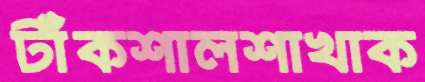
টাঁকশালশাখাক